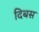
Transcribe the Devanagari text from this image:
दिबस